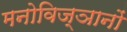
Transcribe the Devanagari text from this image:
मनोविज्ञानों